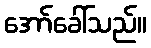
အော်ခေါ်သည်။